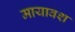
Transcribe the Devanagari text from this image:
मायावश